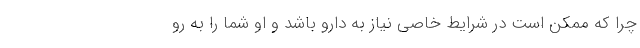
چرا که ممکن است در شرایط خاصی نیاز به دارو باشد و او شما را به رو